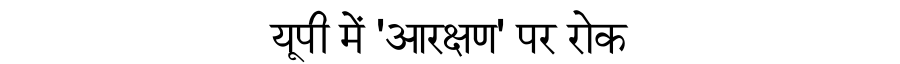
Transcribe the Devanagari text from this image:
यूपी में 'आरक्षण' पर रोक